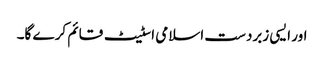
اور ایسی زبردست اسلامی اسٹیٹ قائم کر ے گا۔